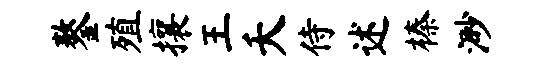
鏊殖攘王夭侍述榛渺